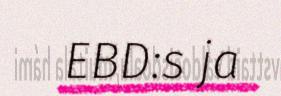
EBD:s ja